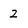
Character: 2